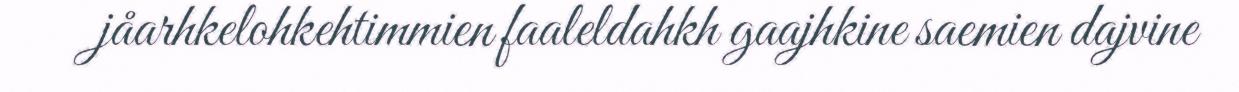
jåarhkelohkehtimmien faaleldahkh gaajhkine saemien dajvine